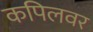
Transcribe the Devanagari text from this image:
कपिलवर